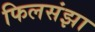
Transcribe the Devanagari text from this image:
फिलसंझा